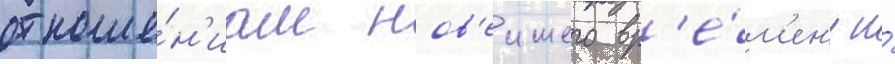
отноше́н'иам нов'еишего вр'е́м'ен'и и́